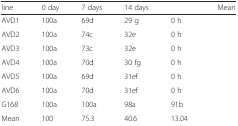
<table><thead><tr><td><b>line</b></td><td><b>0 day</b></td><td><b>7 days</b></td><td><b>14 days</b></td><td>[EMPTY_CELL]</td><td><b>Mean</b></td></tr></thead><tbody><tr><td>AVD1</td><td>100a</td><td>69d</td><td>29 g</td><td>0 h</td><td>[EMPTY_CELL]</td></tr><tr><td>AVD2</td><td>100a</td><td>74c</td><td>32e</td><td>0 h</td><td>[EMPTY_CELL]</td></tr><tr><td>AVD3</td><td>100a</td><td>73c</td><td>32e</td><td>0 h</td><td>[EMPTY_CELL]</td></tr><tr><td>AVD4</td><td>100a</td><td>70d</td><td>30 fg</td><td>0 h</td><td>[EMPTY_CELL]</td></tr><tr><td>AVD5</td><td>100a</td><td>69d</td><td>31ef</td><td>0 h</td><td>[EMPTY_CELL]</td></tr><tr><td>AVD6</td><td>100a</td><td>70d</td><td>31ef</td><td>0 h</td><td>[EMPTY_CELL]</td></tr><tr><td>G168</td><td>100a</td><td>100a</td><td>98a</td><td>91b</td><td>[EMPTY_CELL]</td></tr><tr><td>Mean</td><td>100</td><td>75.3</td><td>40.6</td><td>13.04</td><td>[EMPTY_CELL]</td></tr></tbody></table>